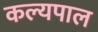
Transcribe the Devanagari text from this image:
कल्यपाल